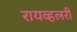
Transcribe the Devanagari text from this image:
रायव्हलरी